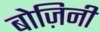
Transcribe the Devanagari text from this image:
बोज़िनी